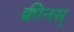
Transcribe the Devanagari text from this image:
क्वीनस्